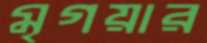
মৃগয়ার